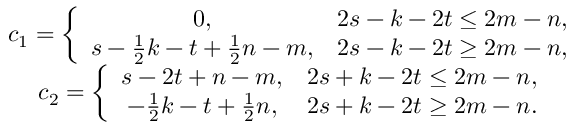
\begin{array} { c } { c _ { 1 } = \left\{ \begin{array} { c c } { 0 , } & { 2 s - k - 2 t \le 2 m - n , } \\ { s - \frac { 1 } { 2 } k - t + \frac { 1 } { 2 } n - m , } & { 2 s - k - 2 t \ge 2 m - n , } \end{array} \right. } \\ { c _ { 2 } = \left\{ \begin{array} { c c } { s - 2 t + n - m , } & { 2 s + k - 2 t \le 2 m - n , } \\ { - \frac { 1 } { 2 } k - t + \frac { 1 } { 2 } n , } & { 2 s + k - 2 t \ge 2 m - n . } \end{array} \right. } \end{array}